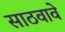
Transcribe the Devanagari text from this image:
साठवावे